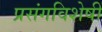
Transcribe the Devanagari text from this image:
प्रसंगविशेषीं